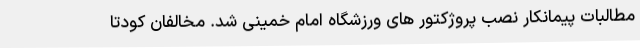
مطالبات پیمانکار نصب پروژکتور های ورزشگاه امام خمینی شد. مخالفان کودتا